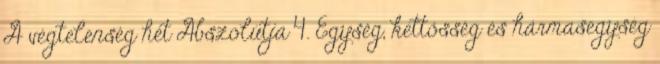
A végtelenség hét Abszolútja 4. Egység, kettősség és hármasegység